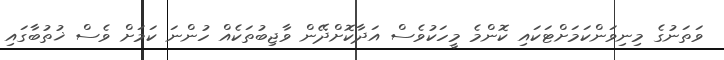
ވަތަނުގެ މިނިވަންކަމަށްޓަކައި ކޮންމެ މީހަކުވެސް އަދާކޮށްދޭން ވާޖިބުތަކެއް ހުންނަ ކަމަށް ވެސް ޚުތުބާގައި